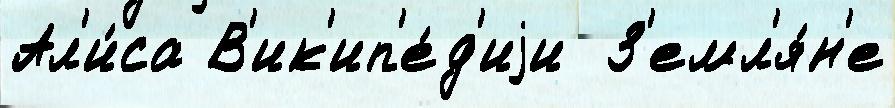
Ал'и́са В'ик'ип'е́д'иjи  З'емл'я́н'е